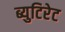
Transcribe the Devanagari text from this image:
ब्युटिरेट